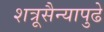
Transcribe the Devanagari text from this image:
शत्रूसैन्यापुढे